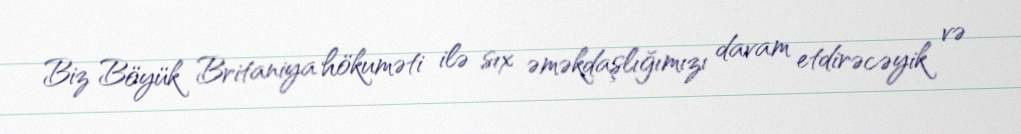
Biz Böyük Britaniya hökuməti ilə sıx əməkdaşlığımızı davam etdirəcəyik və